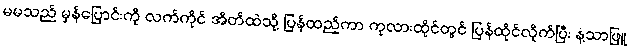
မမသည် မှန်ပြောင်းကို လက်ကိုင် အိတ်ထဲသို့ ပြန်ထည့်ကာ ကုလားထိုင်တွင် ပြန်ထိုင်လိုက်ပြီး နံ့သာဖြူ